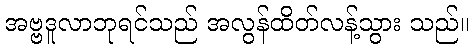
အဗ္ဗဒူလာဘုရင်သည် အလွန်ထိတ်လန့်သွား သည်။